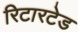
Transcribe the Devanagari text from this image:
रिटारटेड